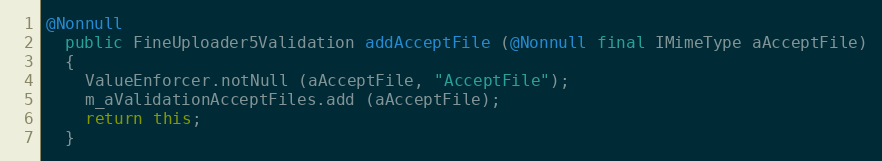
Language: Java
@Nonnull
  public FineUploader5Validation addAcceptFile (@Nonnull final IMimeType aAcceptFile)
  {
    ValueEnforcer.notNull (aAcceptFile, "AcceptFile");
    m_aValidationAcceptFiles.add (aAcceptFile);
    return this;
  }